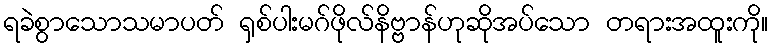
ရခဲစွာသောသမာပတ် ရှစ်ပါးမဂ်ဖိုလ်နိဗ္ဗာန်ဟုဆိုအပ်သော တရားအထူးကို။